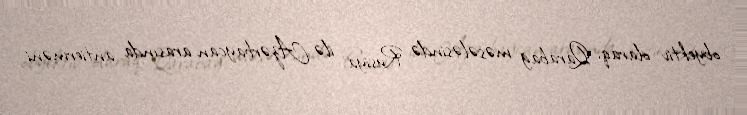
obyektiv olaraq, Qarabağ məsələsində Rusiya ilə Azərbaycan arasında antierməni